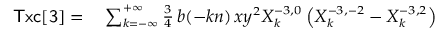
\small \begin{array} { r l } { { \sf T x c [ 3 ] } = } & { { } \sum _ { k = - \infty } ^ { + \infty } \frac { 3 } { 4 } \, b ( - k n ) \, x y ^ { 2 } X _ { k } ^ { - 3 , 0 } \left( X _ { k } ^ { - 3 , - 2 } - X _ { k } ^ { - 3 , 2 } \right) } \end{array}